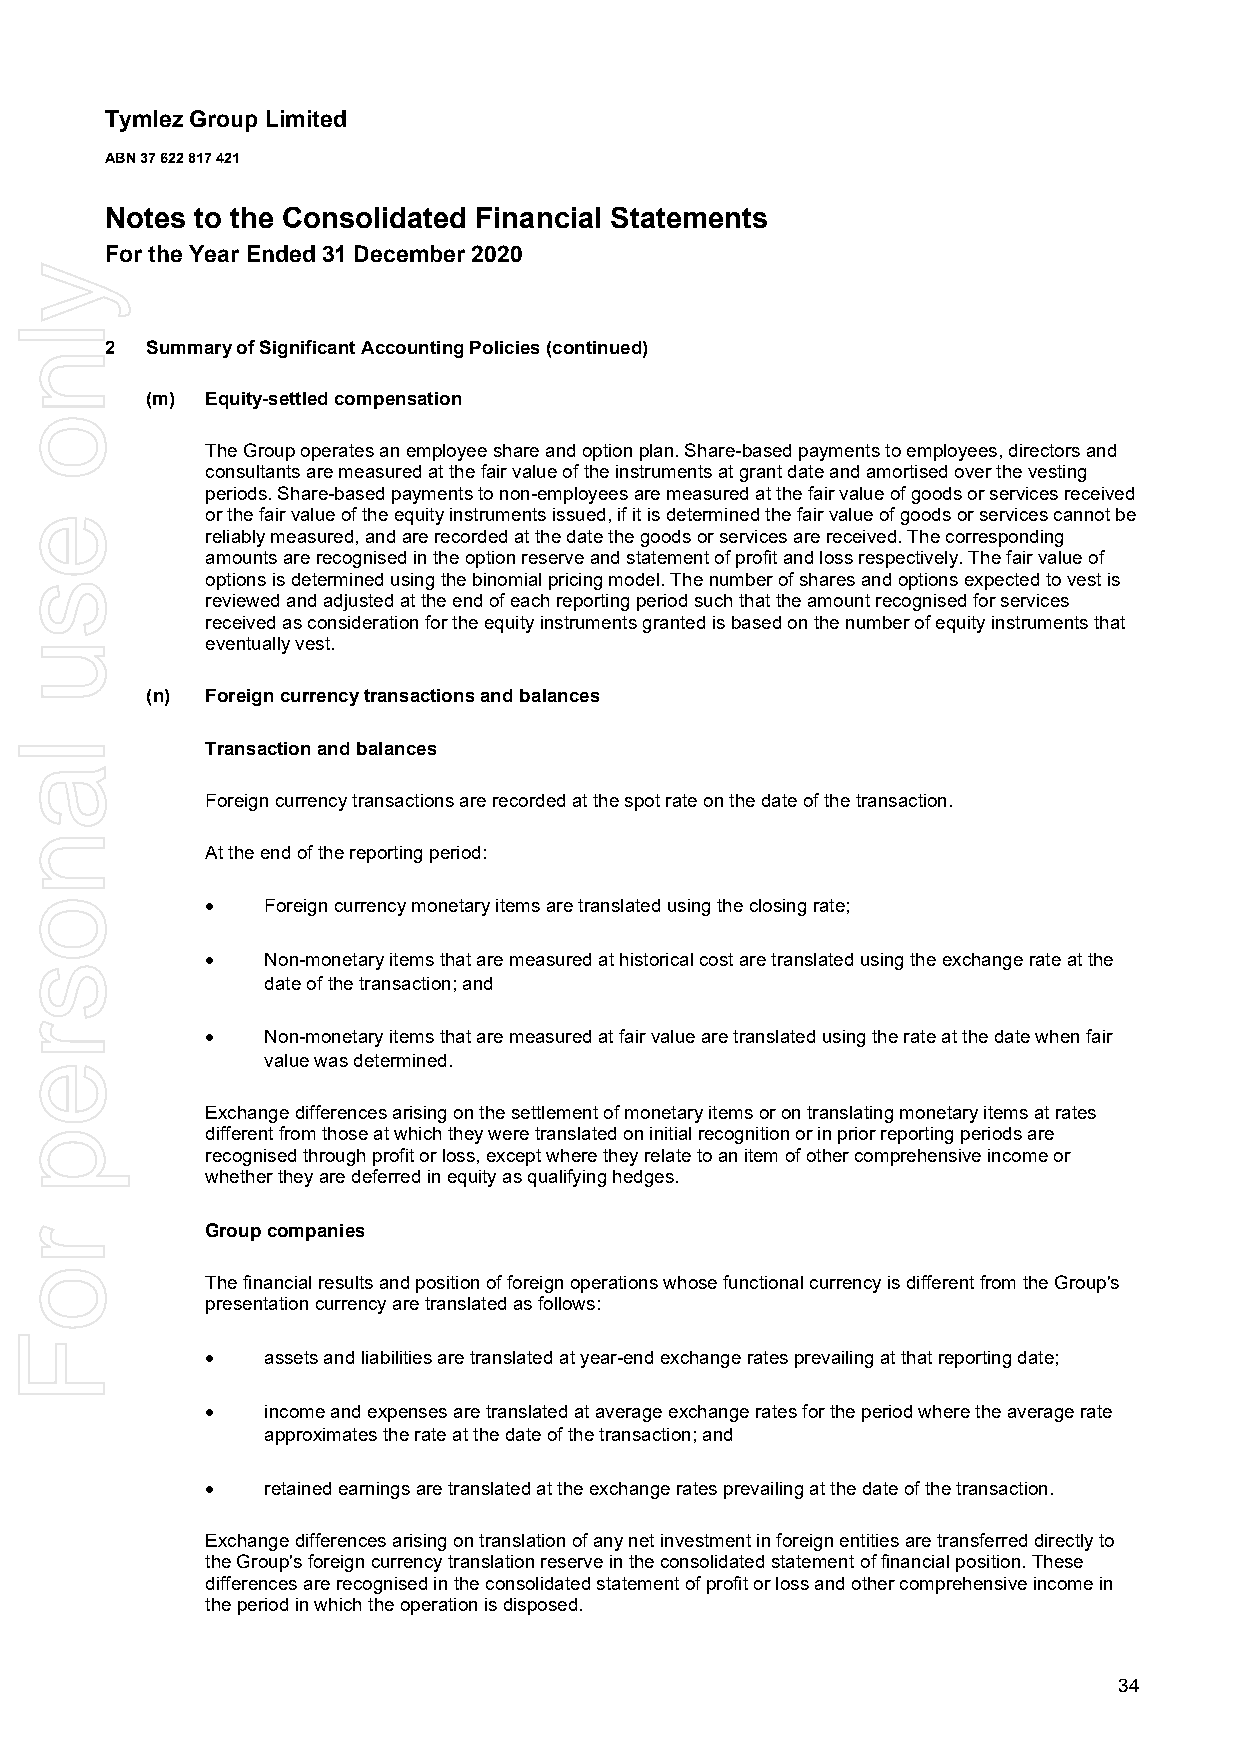
Tymlez Group Limited
 ABN 37 622 817 421
 Notes to the Consolidated Financial Statements
 For the Year Ended 31 December 2020
 2  Summary of Significant Accounting Policies (continued)
 (m) Equity-settled compensation
 The Group operates an employee share and option plan. Share-based payments to employees, directors and
 consultants are measured at the fair value of the instruments at grant date and amortised over the vesting
 periods. Share-based payments to non-employees are measured at the fair value of goods or services received
 or the fair value of the equity instruments issued, if it is determined the fair value of goods or services cannot be
 reliably measured, and are recorded at the date the goods or services are received. The corresponding
 amounts are recognised in the option reserve and statement of profit and loss respectively. The fair value of
 options is determined using the binomial pricing model. The number of shares and options expected to vest is
 reviewed and adjusted at the end of each reporting period such that the amount recognised for services
 received as consideration for the equity instruments granted is based on the number of equity instruments that
 eventually vest.
 (n) Foreign currency transactions and balances
 Transaction and balances
 Foreign currency transactions are recorded at the spot rate on the date of the transaction.
 At the end of the reporting period:
   Foreign currency monetary items are translated using the closing rate;
   Non-monetary items that are measured at historical cost are translated using the exchange rate at the
 date of the transaction; and
   Non-monetary items that are measured at fair value are translated using the rate at the date when fair
 value was determined.
 Exchange differences arising on the settlement of monetary items or on translating monetary items at rates
 different from those at which they were translated on initial recognition or in prior reporting periods are
 recognised through profit or loss, except where they relate to an item of other comprehensive income or
 whether they are deferred in equity as qualifying hedges.
 Group companies
 The financial results and position of foreign operations whose functional currency is different from the Group's
 presentation currency are translated as follows:
   assets and liabilities are translated at year-end exchange rates prevailing at that reporting date;
   income and expenses are translated at average exchange rates for the period where the average rate
 approximates the rate at the date of the transaction; and
   retained earnings are translated at the exchange rates prevailing at the date of the transaction.
 Exchange differences arising on translation of any net investment in foreign entities are transferred directly to
 the Group's foreign currency translation reserve in the consolidated statement of financial position. These
 differences are recognised in the consolidated statement of profit or loss and other comprehensive income in
 the period in which the operation is disposed.
 34
 ylno
 esu
 lanosrep
 roF